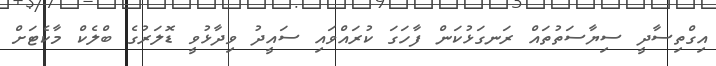
އިގްތިސާދީ ސިޔާސަތުތައް ރަނގަޅުކަން ފާހަގަ ކުރައްވައި ސައީދު ވިދާޅުވީ ޑޮލަރުގެ ބްލެކް މާކެޓަށް